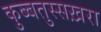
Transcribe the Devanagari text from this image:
कुब्बतुस्सख़रा